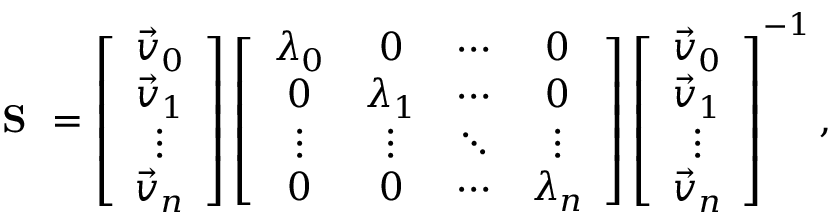
\textbf { S } = \left[ { \begin{array} { c } { \vec { v } _ { 0 } } \\ { \vec { v } _ { 1 } } \\ { \vdots } \\ { \vec { v } _ { n } } \end{array} } \right] \left[ { \begin{array} { c c c c } { \lambda _ { 0 } } & { 0 } & { \cdots } & { 0 } \\ { 0 } & { \lambda _ { 1 } } & { \cdots } & { 0 } \\ { \vdots } & { \vdots } & { \ddots } & { \vdots } \\ { 0 } & { 0 } & { \cdots } & { \lambda _ { n } } \end{array} } \right] \left[ { \begin{array} { c } { \vec { v } _ { 0 } } \\ { \vec { v } _ { 1 } } \\ { \vdots } \\ { \vec { v } _ { n } } \end{array} } \right] ^ { - 1 } ,